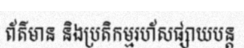
ព័ត៌មាន និងប្រតិកម្មរហ័សផ្សាយបន្ត